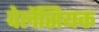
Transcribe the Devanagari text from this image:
वेलेंसियक